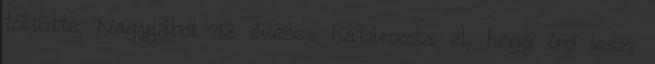
töltötte. Nagyjából 12 évesen határozta el, hogy író lesz,